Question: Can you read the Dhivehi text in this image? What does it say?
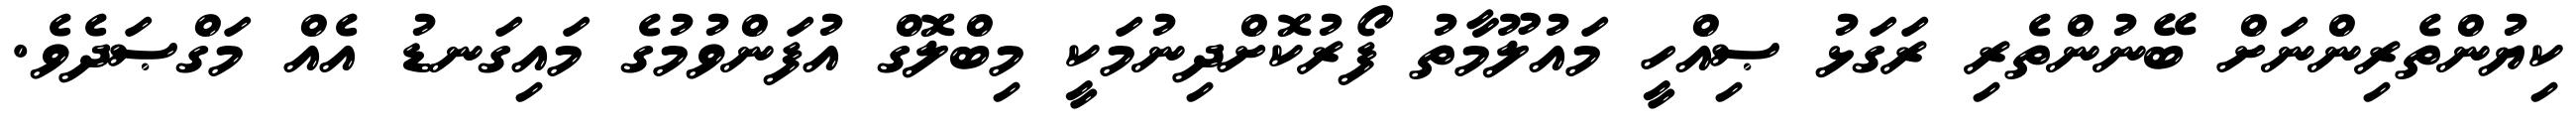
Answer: ކިޔުންތެރިންނަށް ބޭނުންތެރި ރަގަޅު ޞިއްހީ މައުލޫމާތު ފޯރުކޮށްދިނުމަކީ މިބްލޮގް އުފަންވުމުގެ މައިގަނޑު އެއް މަގްޞަދެވެ.